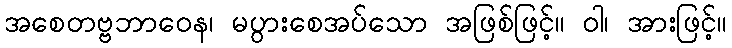
အစေတဗ္ဗဘာဝေန၊ မပွားစေအပ်သော အဖြစ်ဖြင့်။ ဝါ၊ အားဖြင့်။